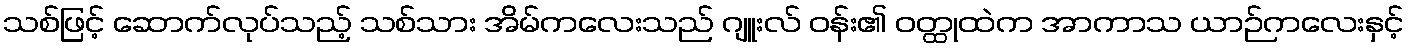
သစ်ဖြင့် ဆောက်လုပ်သည့် သစ်သား အိမ်ကလေးသည် ဂျူးလ် ဝန်း၏ ဝတ္ထုထဲက အာကာသ ယာဉ်ကလေးနှင့်